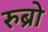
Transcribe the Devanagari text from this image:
रुब्रो